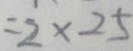
= 2 \times 2 5